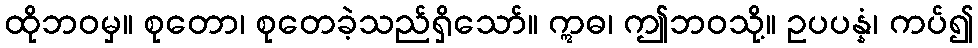
ထိုဘဝမှ။ စုတော၊ စုတေခဲ့သည်ရှိသော်။ ဣဓ၊ ဤဘဝသို့။ ဥပပန္နံ၊ ကပ်၍